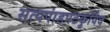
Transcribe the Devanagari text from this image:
सत्यपांडपटकुविंद